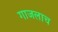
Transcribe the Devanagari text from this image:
गाजलाच